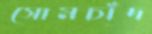
সোমচাঁদ